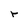
Character: r